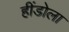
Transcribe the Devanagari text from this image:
हींडोला